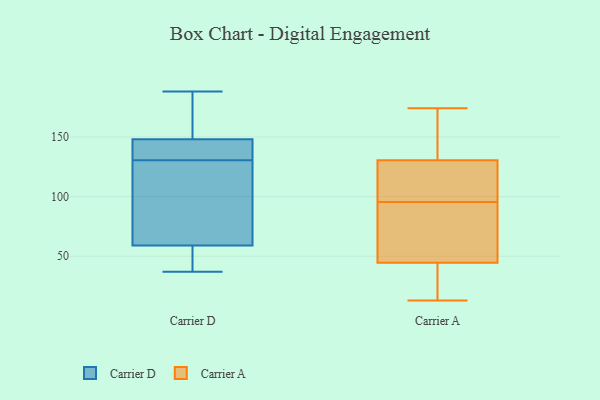
{"axis": {"x": "Temperature (°C)", "y": "Value"}, "legend": ["Carrier A", "Carrier D"], "data": [{"x": "", "y": 148, "type": "Carrier D"}, {"x": "", "y": 145, "type": "Carrier D"}, {"x": "", "y": 113, "type": "Carrier D"}, {"x": "", "y": 117, "type": "Carrier D"}, {"x": "", "y": 37, "type": "Carrier D"}, {"x": "", "y": 170, "type": "Carrier D"}, {"x": "", "y": 144, "type": "Carrier D"}, {"x": "", "y": 59, "type": "Carrier D"}, {"x": "", "y": 188, "type": "Carrier D"}, {"x": "", "y": 58, "type": "Carrier D"}, {"x": "", "y": 51, "type": "Carrier D"}, {"x": "", "y": 148, "type": "Carrier D"}, {"x": "", "y": 94, "type": "Carrier D"}, {"x": "", "y": 187, "type": "Carrier D"}, {"x": "", "y": 39, "type": "Carrier A"}, {"x": "", "y": 41, "type": "Carrier A"}, {"x": "", "y": 80, "type": "Carrier A"}, {"x": "", "y": 111, "type": "Carrier A"}, {"x": "", "y": 171, "type": "Carrier A"}, {"x": "", "y": 121, "type": "Carrier A"}, {"x": "", "y": 35, "type": "Carrier A"}, {"x": "", "y": 173, "type": "Carrier A"}, {"x": "", "y": 131, "type": "Carrier A"}, {"x": "", "y": 130, "type": "Carrier A"}, {"x": "", "y": 69, "type": "Carrier A"}, {"x": "", "y": 128, "type": "Carrier A"}, {"x": "", "y": 58, "type": "Carrier A"}, {"x": "", "y": 13, "type": "Carrier A"}, {"x": "", "y": 174, "type": "Carrier A"}, {"x": "", "y": 48, "type": "Carrier A"}]}